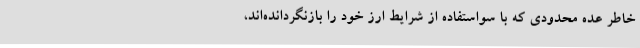
خاطر عده محدودی که با سواستفاده از شرایط ارز خود را بازنگردانده‌اند،